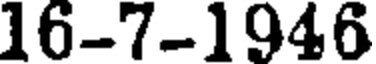
16-7-1946